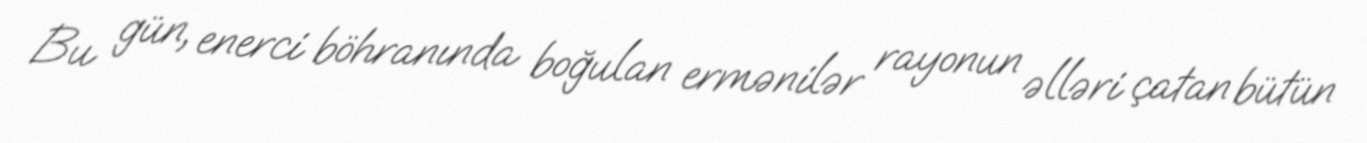
Bu gün, enerci böhranında boğulan ermənilər rayonun əlləri çatan bütün